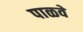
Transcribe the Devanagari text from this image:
पाळवे